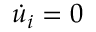
{ \dot { u } } _ { i } = 0